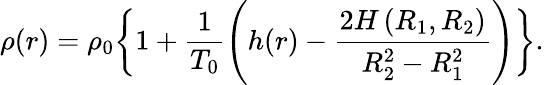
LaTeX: \rho(r)=\rho_{0}\bigg\{ 1+\frac{1}{T_{0}}\left(h(r)-\frac{2H\left(R_{1},R_{2}\right)}{R_{2}^{2}-R_{1}^{2}}\right)\bigg\} .